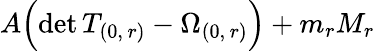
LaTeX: A\Bigl(\mathrm{det}\, T_{(0,\, r)}-\Omega_{(0,\, r)}\Bigr)+m_{r}M_{r}